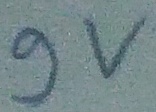
Text: 9v